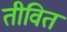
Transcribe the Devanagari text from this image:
तीवित